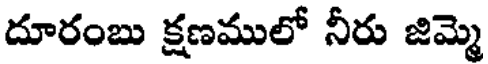
దూరంబు క్షణములో నీరు జిమ్మె